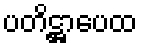
ပတိဋ္ဌာပေထ